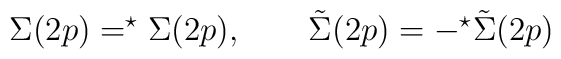
\Sigma (2p)=^{\star}\Sigma (2p), \qquad \tilde \Sigma (2p)=-^{\star}\tilde\Sigma (2p)